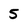
Character: 5